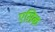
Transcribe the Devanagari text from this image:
एसिक